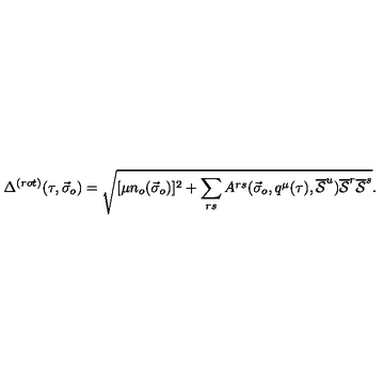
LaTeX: \Delta ^ { ( r o t ) } ( \tau , { \vec { \sigma } } _ { o } ) = \sqrt { [ \mu n _ { o } ( { \vec { \sigma } } _ { o } ) ] ^ { 2 } + \sum _ { r s } A ^ { r s } ( { \vec { \sigma } } _ { o } , q ^ { \mu } ( \tau ) , \overline { { \cal S } } ^ { u } ) \overline { { \cal S } } ^ { r } \overline { { \cal S } } ^ { s } } .